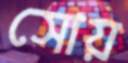
সোয়